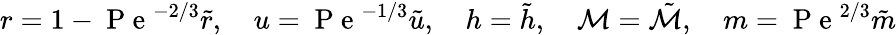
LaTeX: r=1-\mathrm{~P~e~}^{-2/3}\tilde{r},\quad u=\mathrm{~P~e~}^{-1/3}\tilde{u},\quad h=\tilde{h},\quad\mathcal{M}=\tilde{\mathcal{M}},\quad m=\mathrm{~P~e~}^{2/3}\tilde{m}